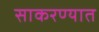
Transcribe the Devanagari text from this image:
साकरण्यात